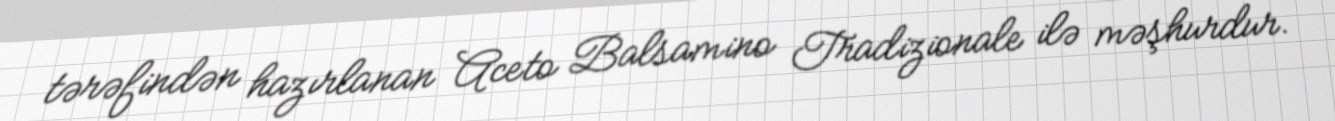
tərəfindən hazırlanan Aceto Balsamino Tradizionale ilə məşhurdur.